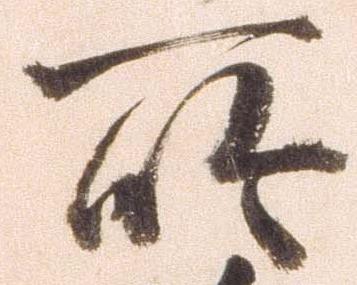
所